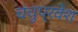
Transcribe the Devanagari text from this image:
चंचुप्रवेश